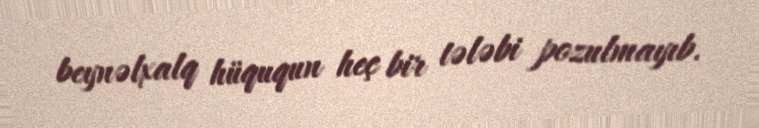
beynəlxalq hüququn heç bir tələbi pozulmayıb.